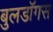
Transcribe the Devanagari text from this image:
बुलडॉगस